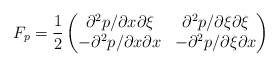
\begin{align*}F_p=\frac{1}{2}\begin{pmatrix}\partial^2p/\partial x\partial\xi& \partial^2p/\partial \xi\partial\xi\\-\partial^2p/\partial x\partial x&-\partial^2p/\partial \xi\partial x\end{pmatrix}\end{align*}